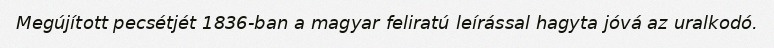
Megújított pecsétjét 1836-ban a magyar feliratú leírással hagyta jóvá az uralkodó.